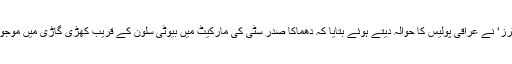
غیر ملکی خبر رساں ایجنسی ’رائٹرز‘ نے عراقی پولیس کا حوالہ دیتے ہوئے بتایا کہ دھماکا صدر سٹی کی مارکیٹ میں بیوٹی سلون کے قریب کھڑی گاڑی میں موجود دھماکا خیز مواد پھٹنے سے ہوا۔